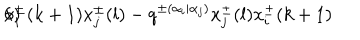
6 ) \hspace { . 5 i n } x _ { i } ^ { \pm } ( k + 1 ) x _ { j } ^ { \pm } ( l ) - q ^ { \pm ( \alpha _ { i } | \alpha _ { j } ) } x _ { j } ^ { \pm } ( l ) x _ { i } ^ { \pm } ( k + 1 )